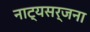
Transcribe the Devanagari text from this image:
नाट्यसर्जना